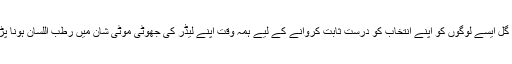
زرتاج گل ایسے لوگوں کو اپنے انتخاب کو درست ثابت کروانے کے لیے ہمہ وقت اپنے لیڈر کی جھوٹی موٹی شان میں رطب اللسان ہونا پڑتا ہے۔